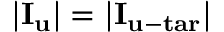
{ \mathbf { | } } { { \mathbf { I } } _ { \mathbf { u } } } { \mathbf { | = | } } { { \mathbf { I } } _ { { \mathbf { u - t a r } } } } { \mathbf { | } }